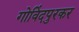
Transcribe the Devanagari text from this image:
गोविंदपुरकर